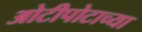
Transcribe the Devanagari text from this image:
ओटीपोटाच्या